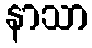
နာသာ